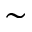
\sim